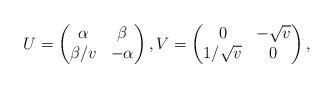
LaTeX: \begin{align*}U=\begin{pmatrix}\alpha & \beta \\\beta / v & -\alpha\end{pmatrix} ,V=\begin{pmatrix}0 & -\sqrt{v}\\1/\sqrt{v} & 0\end{pmatrix},\end{align*}